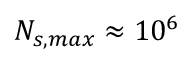
N _ { s , m a x } \approx 1 0 ^ { 6 }